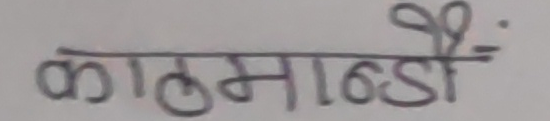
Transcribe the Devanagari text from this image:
काठमाण्डौं